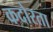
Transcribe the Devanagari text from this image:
कदोरता